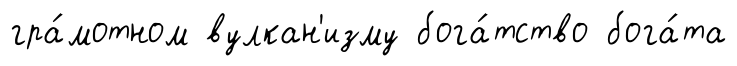
гра́мотном вулкан'изму бога́тство бога́та